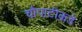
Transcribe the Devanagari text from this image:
चौपाटीकडे